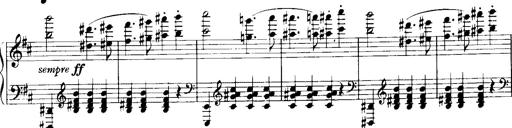
Title: Historische ungarische Bildnisse
Composer: Franz Liszt